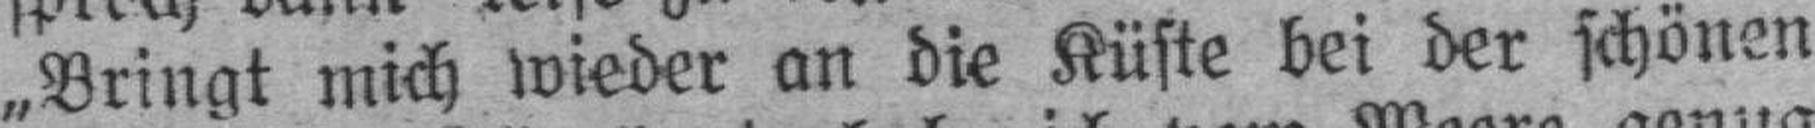
„Bringt mich wieder an die Küste bei der schönen